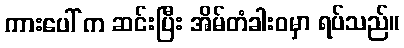
ကားပေါ် က ဆင်းပြီး အိမ်တံခါးဝမှာ ရပ်သည်။